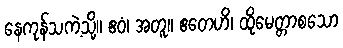
နေကုန်သကဲ့သို့။ ဧဝံ၊ အတူ။ ဧတေဟိ၊ ထိုမေတ္တာစသော